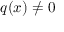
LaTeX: q ( x ) \neq 0